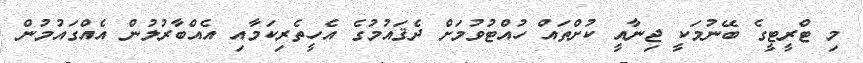
މި ޓްރީޓީގެ ބޭނުމަކީ ޖިނާއީ ކުށްތައް ހުއްޓުވުމަށް ދެޤައުމުގެ އެހީތެރިކަމާއި އެއްބާރުލުން އެއްގައުމުން